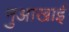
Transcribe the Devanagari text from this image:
नुआखाई